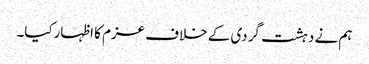
ہم نے دہشت گردی کے خلاف عزم کا اظہارکیا۔